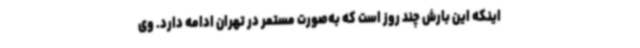
اینکه این بارش چند روز است که به‌صورت مستمر در تهران ادامه دارد. وی